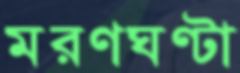
মরণঘণ্টা